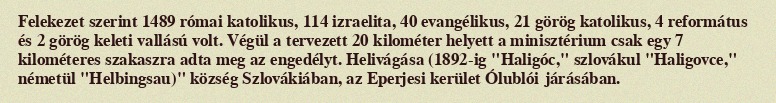
Felekezet szerint 1489 római katolikus, 114 izraelita, 40 evangélikus, 21 görög katolikus, 4 református és 2 görög keleti vallású volt. Végül a tervezett 20 kilométer helyett a minisztérium csak egy 7 kilométeres szakaszra adta meg az engedélyt. Helivágása (1892-ig "Haligóc," szlovákul "Haligovce," németül "Helbingsau)" község Szlovákiában, az Eperjesi kerület Ólublói járásában.